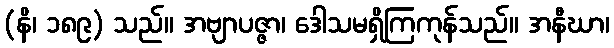
(နိ၊ ၁၈၉) သည်။ အဗျာပဇ္ဇာ၊ ဒေါသမရှိကြကုန်သည်။ အနီဃာ၊